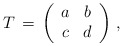
\begin{align*}T\,=\,\left(\begin{array}{cc}a & b \\c & d\end{array}\right)\,,\end{align*}